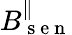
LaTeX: B_{\mathrm{~s~e~n~}}^{\parallel}